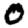
Digit: 0